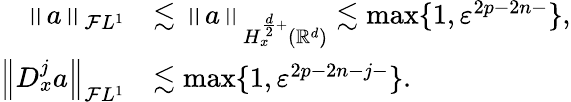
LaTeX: \begin{array}{rl}{\left\| a\right\| _{\mathcal{F}L^{1}}}&{\lesssim\left\| a\right\| _{H_{x}^{\frac{d}{2}+}({\mathbb{R}}^{d})}\lesssim\operatorname*{max}\{ 1,\varepsilon^{2p-2n-}\} ,}\\ {\left\| D_{x}^{j}a\right\| _{\mathcal{F}L^{1}}}&{\lesssim\operatorname*{max}\{ 1,\varepsilon^{2p-2n-j-}\} .}\end{array}